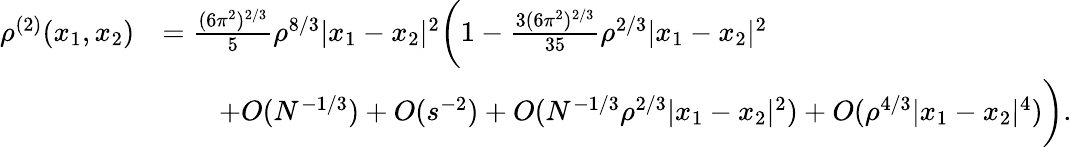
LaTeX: \begin{array}{rl}{\rho^{(2)}(x_{1},x_{2})}&{=\frac{(6\pi^{2})^{2/3}}{5}\rho^{8/3}|x_{1}-x_{2}|^{2}\biggl(1-\frac{3(6\pi^{2})^{2/3}}{35}\rho^{2/3}|x_{1}-x_{2}|^{2}}\\ &{\qquad+O(N^{-1/3})+O(s^{-2})+O(N^{-1/3}\rho^{2/3}|x_{1}-x_{2}|^{2})+O(\rho^{4/3}|x_{1}-x_{2}|^{4})\biggr).}\end{array}